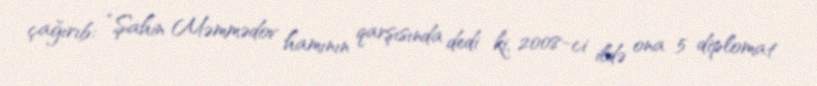
çağırıb: “Şahin Məmmədov hamının qarşısında dedi ki, 2008-ci ildə ona 5 diplomat